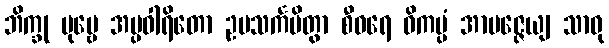
ဘိက္ခု ပုဗ္ဗေ အပ္ပဝါရိတော ဥပသင်္ကမိတွာ စီဝရေ ဝိကပ္ပံ အာပဇ္ဇေယျ သာဓု